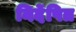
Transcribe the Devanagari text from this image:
निर्देषित